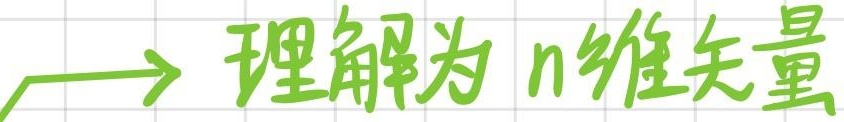
$\longrightarrow$ 理解为 $n$ 维矢量